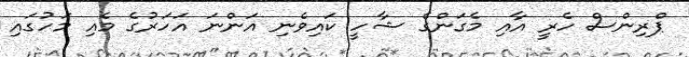
ޕްރިންސް ހެރީ އާއި މެގަންގެ ޝާހީ ކައިވެނި އަންނަ އަހަރުގެ މެއި މަހުގައި